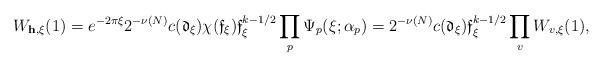
LaTeX: \begin{align*} W_{\mathbf h,\xi}(1) = e^{-2\pi\xi}2^{-\nu(N)}c(\mathfrak d_{\xi})\chi(\mathfrak f_{\xi})\mathfrak f_{\xi}^{k-1/2} \prod_p \Psi_p(\xi;\alpha_p) = 2^{-\nu(N)}c(\mathfrak d_{\xi})\mathfrak f_{\xi}^{k-1/2} \prod_v W_{v,\xi}(1),\end{align*}